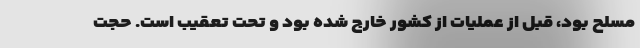
مسلح بود، قبل از عملیات از کشور خارج شده بود و تحت تعقیب است. حجت